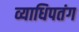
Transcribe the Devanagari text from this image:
व्याधिपतंग